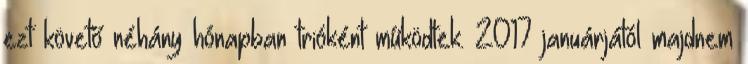
ezt követő néhány hónapban trióként működtek. 2017 januárjától majdnem